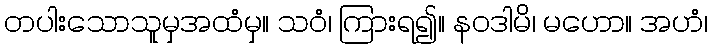
တပါးသောသူမှအထံမှ။ သဝံ၊ ကြားရ၍။ နဝဒါမိ၊ မဟော။ အဟံ၊